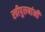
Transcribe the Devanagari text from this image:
स्त्रीपुरुषांनीं